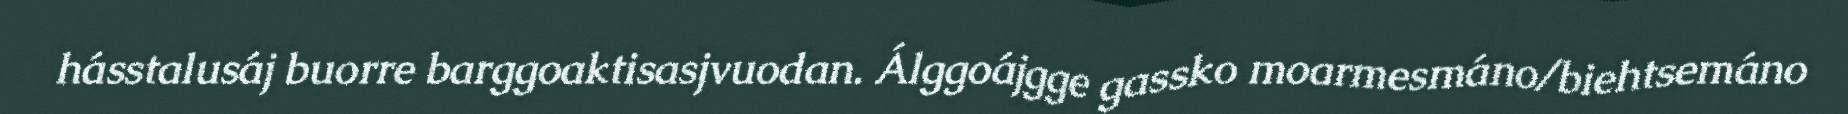
hásstalusáj buorre barggoaktisasjvuodan. Álggoájgge gassko moarmesmáno/biehtsemáno